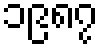
၁၉၈၇